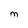
Character: M